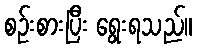
စဉ်းစားပြီး ရွေးရသည်။